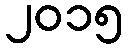
၂၀၁၅